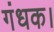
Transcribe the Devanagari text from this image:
गंधक।